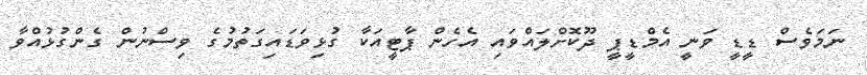
ނަމަވެސް ޑީޑީ ވަނީ އެމްޑީޕީ ދޫކޮށްލައްވައި އެހެން ޕާޓީއަކާ ގުޅިވަޑައިގަތުމުގެ ވިސްނުން ގެންގުޅުއްވާ